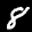
Label: 8